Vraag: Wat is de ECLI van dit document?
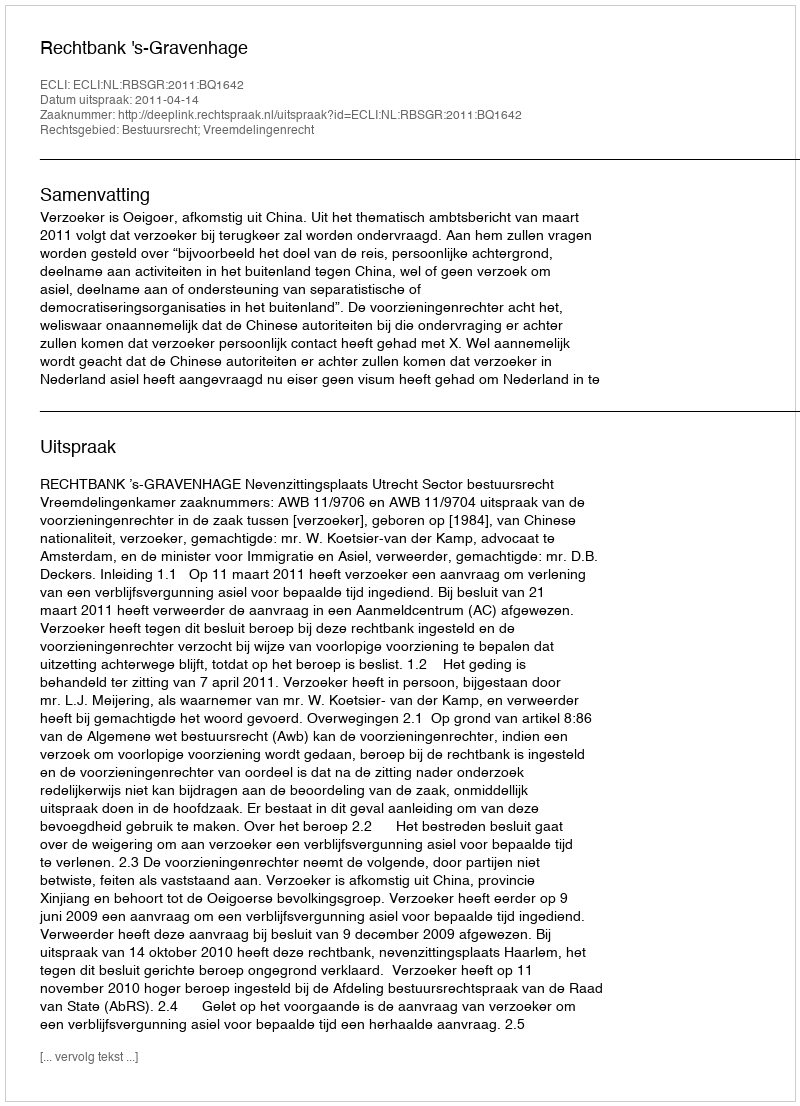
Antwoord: ECLI:NL:RBSGR:2011:BQ1642